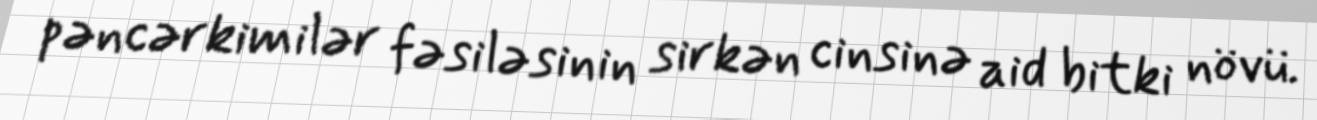
pəncərkimilər fəsiləsinin sirkən cinsinə aid bitki növü.